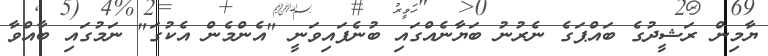
ޔާމިން ރަޝީދުގެ ބައްޕަގެ ނެރުނު ބަޔާނެއްގައި ބުނެފައިވަނީ "އެންމެން އެކުގަ" ނަމުގައި ބާއްވާ